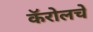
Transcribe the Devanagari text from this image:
कॅरोलचे